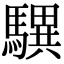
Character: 龭